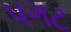
પગટ